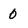
Character: 0